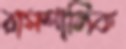
রামশালিক